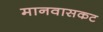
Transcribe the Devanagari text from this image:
मानवासकट